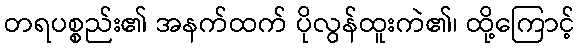
တရပစ္စည်း၏ အနက်ထက် ပိုလွန်ထူးကဲ၏၊ ထို့ကြောင့်